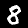
Label: 8